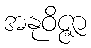
အနုဝိဇ္ဇာ